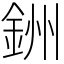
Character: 銂